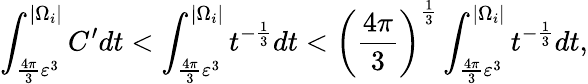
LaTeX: \int_{\frac{4\pi}{3}\varepsilon^{3}}^{|\Omega_{i}|}C^{\prime}dt<\int_{\frac{4\pi}{3}\varepsilon^{3}}^{|\Omega_{i}|}t^{-\frac{1}{3}}dt<\left(\frac{4\pi}{3}\right)^{\frac{1}{3}}\int_{\frac{4\pi}{3}\varepsilon^{3}}^{|\Omega_{i}|}t^{-\frac{1}{3}}dt,